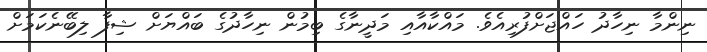
ނިންމާ ނިހާދު ހައްޖަށްފުރިއެވެ. މައްކާއާއި މަދީނާގެ ބިމުން ނިހާދުގެ ބައްޔަށް ޝިފާ ލިބޭނެކަމަށް